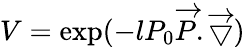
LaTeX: V=\exp(-lP_{0}\overrightarrow{P}.\overrightarrow{\bigtriangledown})